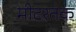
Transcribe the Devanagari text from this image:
मीटरतक